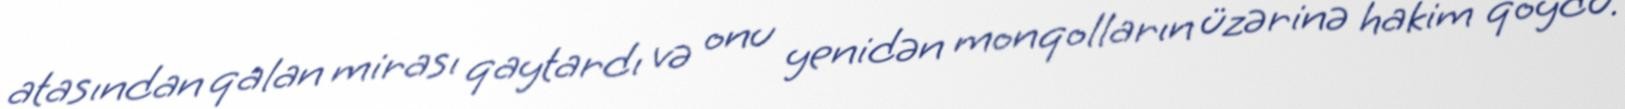
atasından qalan mirası qaytardı və onu yenidən monqolların üzərinə hakim qoydu.